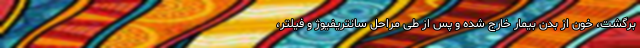
برگشت، خون از بدن بیمار خارج شده و پس از طی مراحل سانتریفیوژ و فیلتر،